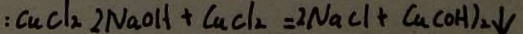
: C u C l _ { 2 } 2 N a O H + C u C l _ { 2 } = 2 N a C l + C u ( O H ) _ { 2 } \downarrow